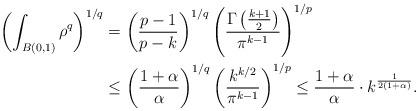
LaTeX: \begin{align*} \left( \int_{B(0,1)} \rho^{q} \right)^{1/q} & = \left( \frac{p-1}{p-k} \right)^{1/q} \left( \frac{\Gamma \left( \frac{k+1}{2} \right)}{\pi^{k-1}} \right)^{1/p} \\ & \leq \left( \frac{1+\alpha}{\alpha} \right)^{1/q} \left( \frac{k^{k/2}}{\pi^{k-1}} \right)^{1/p} \leq \frac{1+\alpha}{\alpha} \cdot k^{\frac{1}{2(1 + \alpha)}}. \end{align*}